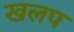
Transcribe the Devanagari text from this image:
खलप